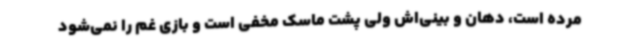
مرده است، دهان و بینی‌اش ولی پشت ماسک مخفی است و بازی غم را نمی‌شود